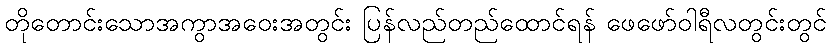
တိုတောင်းသောအကွာအဝေးအတွင်း ပြန်လည်တည်ထောင်ရန် ဖေဖော်ဝါရီလတွင်းတွင်